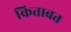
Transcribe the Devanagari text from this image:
किताबत